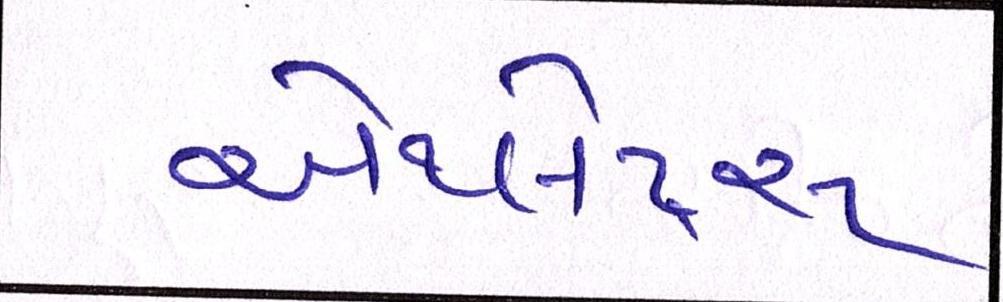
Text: એથ્લેટ્સ